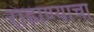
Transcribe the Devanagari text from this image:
राहाण्याचा